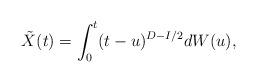
LaTeX: \begin{align*}\tilde{X}(t)=\int_{0}^{t}(t-u)^{D-I/2}dW(u),\end{align*}